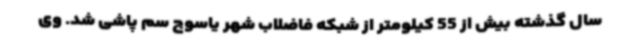
سال گذشته بیش از 55 کیلومتر از شبکه فاضلاب شهر یاسوج سم پاشی شد. وی